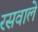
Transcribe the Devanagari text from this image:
रसवाले